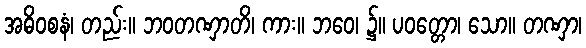
အဓိဝစနံ၊ တည်း။ ဘဝတဏှာတိ၊ ကား။ ဘဝေ၊ ၌။ ပဝတ္တော၊ သော။ တဏှာ၊